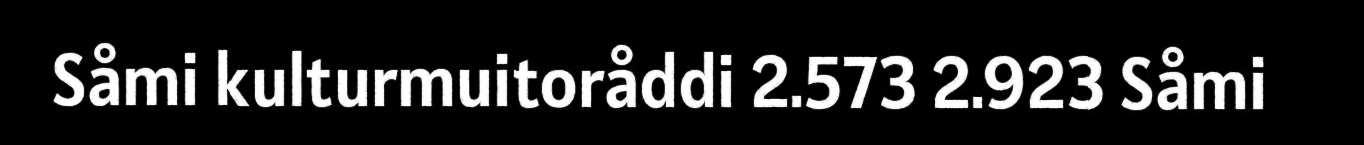
Såmi kulturmuitoråddi 2.573 2.923 Såmi